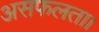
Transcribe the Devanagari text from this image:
असफलता।